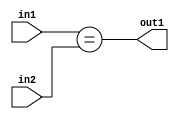
`timescale 1ps / 1ps
/*****************************************************************************
    Verilog RTL Description
    
    
    Created by: Stratus DpOpt 21.05.01 
*******************************************************************************/

module dut_Equal_6Ux6U_1U_1 (
	in2,
	in1,
	out1
	); /* architecture "behavioural" */ 
input [5:0] in2,
	in1;
output  out1;
wire  asc001;

assign asc001 = (in1==in2);

assign out1 = asc001;
endmodule

/* CADENCE  urbzTAE= : u9/ySxbfrwZIxEzHVQQV8Q== ** DO NOT EDIT THIS LINE ******/